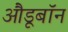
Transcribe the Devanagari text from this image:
औडूबॉन